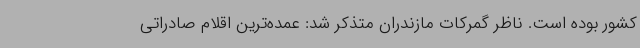
کشور بوده است. ناظر گمرکات مازندران متذکر شد: عمده‌ترین اقلام صادراتی